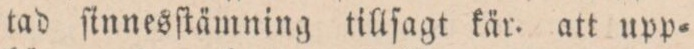
tad ſinnesſtämning tillſagt kär. att upp=